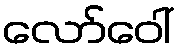
လော်ဝေါ်